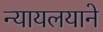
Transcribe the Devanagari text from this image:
न्यायलयाने